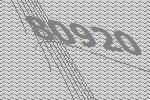
80920